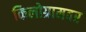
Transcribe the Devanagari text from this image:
किलोग्रामवर